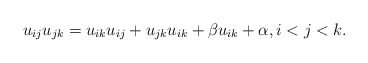
\begin{gather*} u_{ij} u_{jk} = u_{ik} u_{ij}+u_{jk} u_{ik} + \beta u_{ik} + \alpha, i < j <k . \end{gather*}